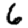
Digit: 6